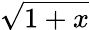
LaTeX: \sqrt{1+x}